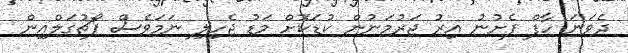
ދެވަނަ ހާފް ފެށުނު އިރު ޖަރުމަނުން ކުޑަކޮށް މަޑު ޖެހިލި ނަމަވެސް ޕޯޗުގަލްއިން